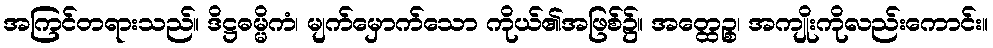
အကြင်တရားသည်။ ဒိဋ္ဌဓမ္မိကံ၊ မျက်မှောက်သော ကိုယ်၏အဖြစ်၌။ အတ္ထေဉ္စ၊ အကျိုးကိုလည်းကောင်း။